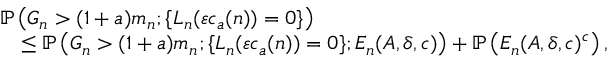
\begin{array} { r l } & { \mathbb { P } \left( G _ { n } > ( 1 + a ) m _ { n } ; \{ L _ { n } ( \varepsilon c _ { a } ( n ) ) = 0 \} \right) } \\ & { \quad \leq \mathbb { P } \left( G _ { n } > ( 1 + a ) m _ { n } ; \{ L _ { n } ( \varepsilon c _ { a } ( n ) ) = 0 \} ; E _ { n } ( A , \delta , c ) \right) + \mathbb { P } \left( E _ { n } ( A , \delta , c ) ^ { c } \right) , } \end{array}